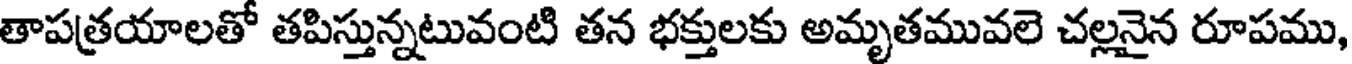
తాపత్రయాలతో తపిస్తున్నటువంటి తన భక్తులకు అమృతమువలె చల్లనైన రూపము,